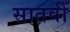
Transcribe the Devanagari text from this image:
सातवीँ